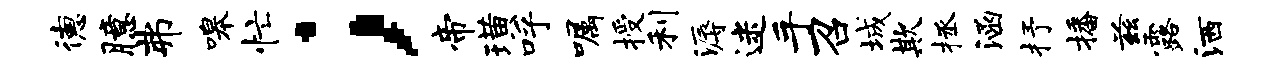
德臆弗嗥忙；帝璜呼嘱授利溽迷手召城欺拯涵抒播兹露洒